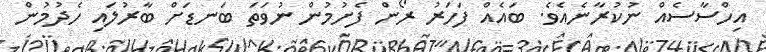
އިހްސާސެއް ނުކުރާނެއެވެ. ބައެއް ފަހަރު ރޯން ފެށުމުން ނުވަތަ ބަނޑަށް ބާރުލައި ހެދުމުން